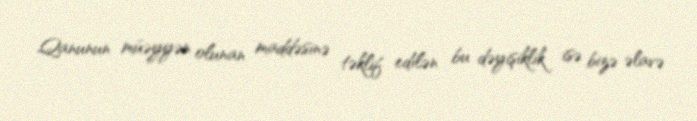
Qanunun müəyyən olunan maddəsinə təklif edilən bu dəyişiklik isə bizə əlavə